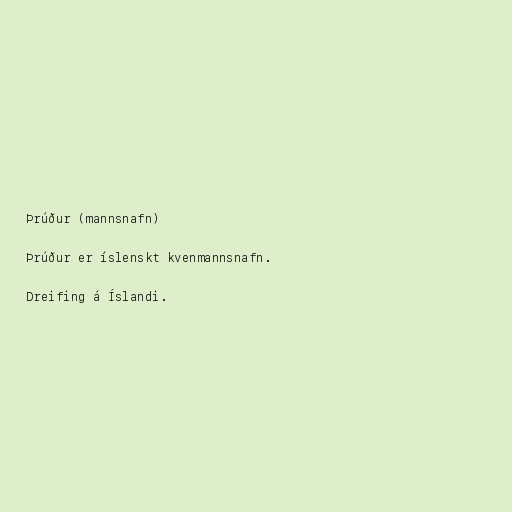
Þrúður (mannsnafn)

Þrúður er íslenskt kvenmannsnafn.

Dreifing á Íslandi.